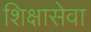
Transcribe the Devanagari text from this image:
शिक्षासेवा